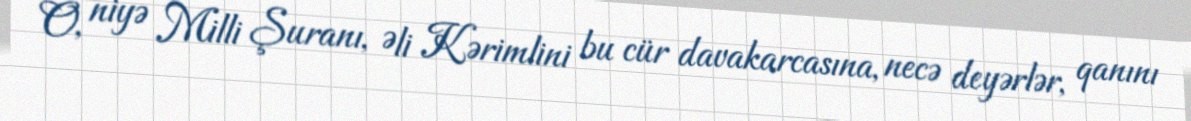
O, niyə Milli Şuranı, Əli Kərimlini bu cür davakarcasına, necə deyərlər, qanını